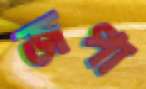
জপা